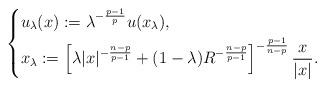
LaTeX: \begin{align*}\left\{\begin{aligned} & u_{\lambda}(x) := \lambda^{-\frac{p-1}{p}}u(x_{\lambda}), \\ & x_{\lambda} := \left[ \lambda |x|^{-\frac{n-p}{p-1}}+(1-\lambda)R^{-\frac{n-p}{p-1}} \right]^{-\frac{p-1}{n-p}}\frac{x}{|x|}.\end{aligned}\right.\end{align*}